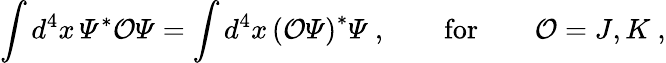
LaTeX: \int d^{4}x\, {\mit\Psi}^{\ast}{\cal O}{\mit\Psi}=\int d^{4}x\, \left({\cal O}{\mit\Psi}\right)^{\ast}{\mit\Psi}\ ,\qquad\mathrm{for}\qquad{\cal O}=J,K\ ,